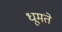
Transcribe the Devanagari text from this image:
धूमते